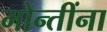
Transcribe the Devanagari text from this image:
मोन्तींना